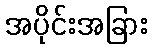
အပိုင်းအခြား